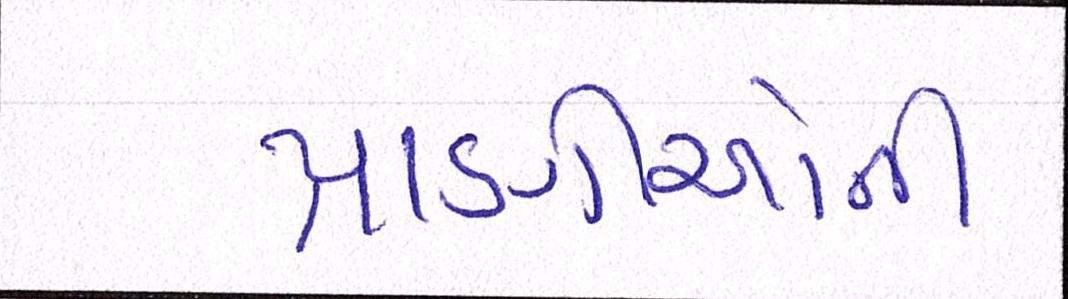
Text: પ્રાણીઓનો